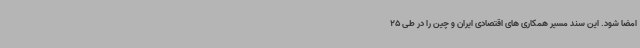
امضا شود. این سند مسیر همکاری های اقتصادی ایران و چین را در طی 25